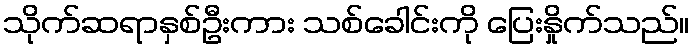
သိုက်ဆရာနှစ်ဦးကား သစ်ခေါင်းကို ပြေးနှိုက်သည်။